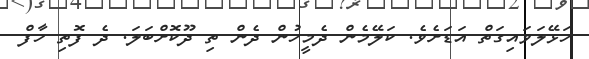
ހަޅޭލަވައިގަތް އަޑަށެވެ. ކަލޭމެން ދެމީހުން ދެން ތި ދޫކޮށްބަލަ. ދެ ފޮތި ހާފް